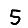
Digit: 5